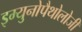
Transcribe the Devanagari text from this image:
इम्युनोपैथोलोजी